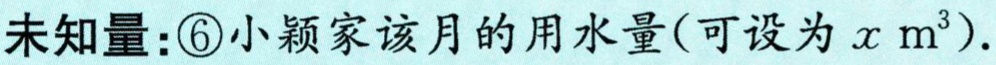
未知量：\textcircled{6}小颖家该月的用水量(可设为\(x\ \mathrm{m}^{3}\)).